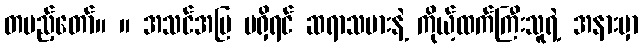
တပည့်တော်။ ။ အသင်အပြ မရှိရင် ဆရာသမားနဲ့ ကိုယ့်ထက်ကြီးသူရဲ့ အနားမှာ